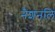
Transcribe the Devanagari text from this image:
नैशनलि